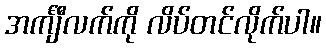
အင်္ကျီလက်ကို လိပ်တင်လိုက်ပါ။